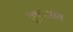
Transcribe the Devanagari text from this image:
कुटुझोव